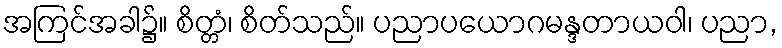
အကြင်အခါ၌။ စိတ္တံ၊ စိတ်သည်။ ပညာပယောဂမန္ဒတာယဝါ၊ ပညာ,